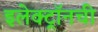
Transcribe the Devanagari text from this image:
इलेक्ट्राॅनची